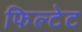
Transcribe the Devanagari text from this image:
फिल्टेट